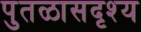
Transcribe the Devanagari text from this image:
पुतळासदृश्य